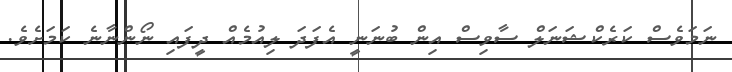
ނަމަވެސް ކަރެކްޝަނަލް ސާވިސް އިން ބުނަނީ އެފަދަ ލިއުމެއް ދީފައި ނޯންނާނެ ކަމަށެވެ.